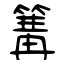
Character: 篝